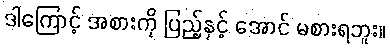
ဒါကြောင့် အစားကို ပြည့်နှင့် အောင် မစားရဘူး။